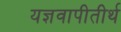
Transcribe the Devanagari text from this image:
यज्ञवापीतीर्थ